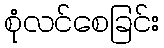
စုံလင်စေခြင်း